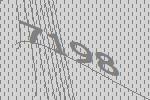
7198